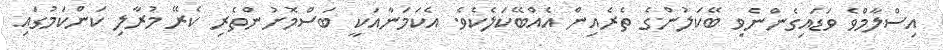
އިސްލާމްވެ ވަޑައިގެންނެވި ބޭކަލުންގެ ތެރެއިން އެއްބޭކަލެކެވެ. އެކަމަނާއަކީ ބަސްމޮށުންތެރި ކެރޭ މުރާލި ކަންކަމުގައި